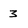
Character: 3